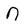
Character: n